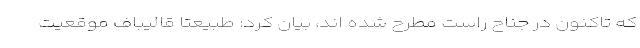
که تاکنون در جناح راست مطرح شده اند، بیان کرد: طبیعتا قالیباف موقعیت